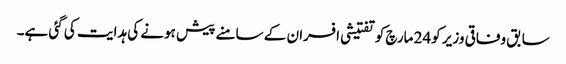
سابق وفاقی وزیر کو24 مارچ کو تفتیشی افسران کے سامنے پیش ہونے کی ہدایت کی گئی ہے۔